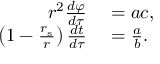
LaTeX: \begin{array} { r l } { r ^ { 2 } { \frac { d \varphi } { d \tau } } } & { { } = a c , } \\ { \left( 1 - { \frac { r _ { \mathrm { { s } } } } { r } } \right) { \frac { d t } { d \tau } } } & { { } = { \frac { a } { b } } . } \end{array}